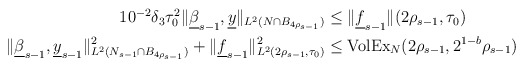
\begin{align*}\begin{aligned}10^{-2}\delta_3\tau_0^2 \|\underline{\beta}_{s-1},\underline{y}\|_{L^{2}(N\cap B_{4\rho_{s-1}})}&\leq \|\underline{f}_{s-1}\|(2\rho_{s-1}, \tau_0)\\ \|\underline{\beta}_{s-1}, \underline{y}_{s-1}\|^2_{L^{2}(N_{s-1}\cap B_{4\rho_{s-1}})} + \|\underline{f}_{s-1}\|^2_{L^{2}(2\rho_{s-1}, \tau_0)} &\leq {\rm VolEx}_{N}(2\rho_{s-1},2^{1-b}\rho_{s-1})\end{aligned}\end{align*}